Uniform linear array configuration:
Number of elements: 64
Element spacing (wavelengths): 1
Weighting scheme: hann
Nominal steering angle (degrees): -45
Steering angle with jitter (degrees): -45.871
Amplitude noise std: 0.05
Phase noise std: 0.05

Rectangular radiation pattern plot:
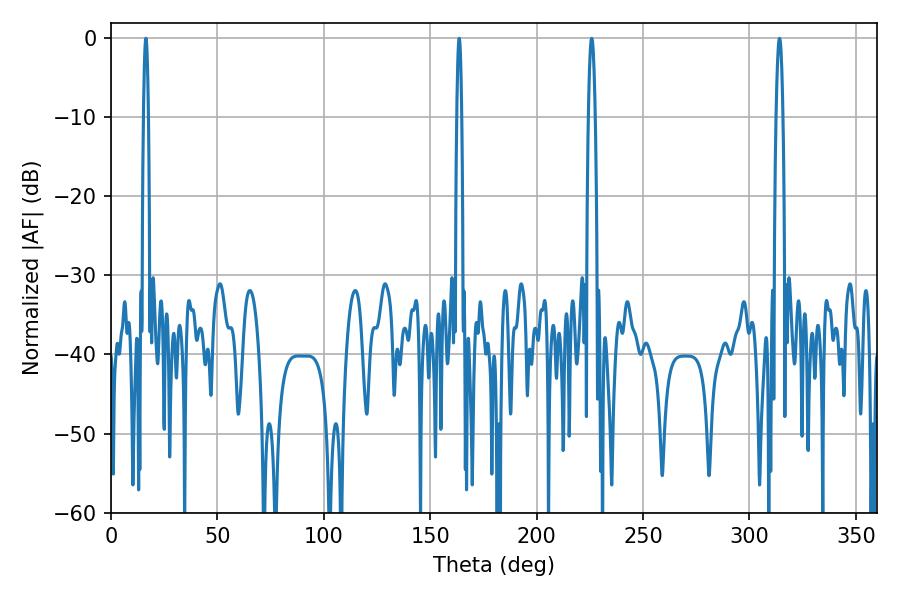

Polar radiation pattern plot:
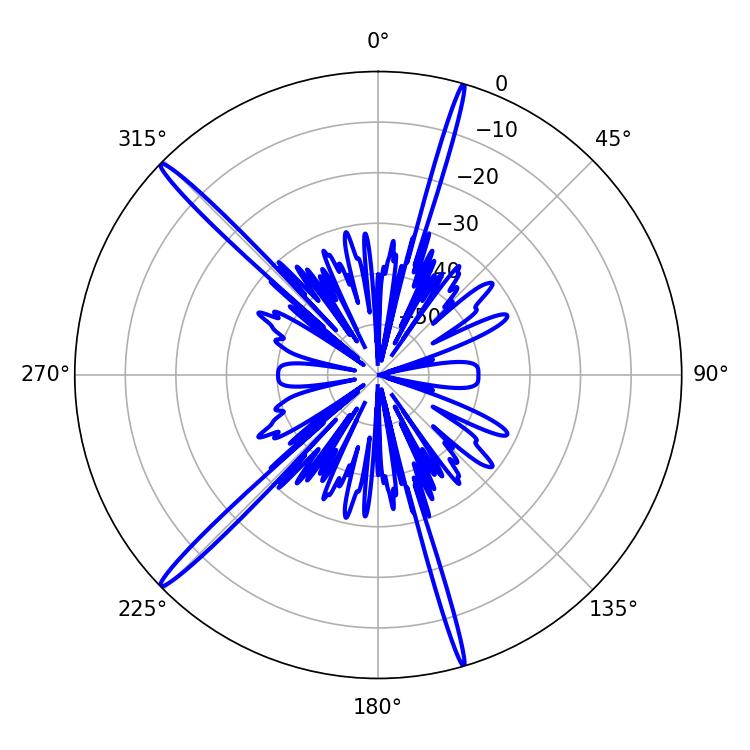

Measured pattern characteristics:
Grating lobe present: TRUE
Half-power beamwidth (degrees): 1.08
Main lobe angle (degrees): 163.62